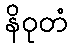
နိဝုတံ